画像に写った文字を読んでください
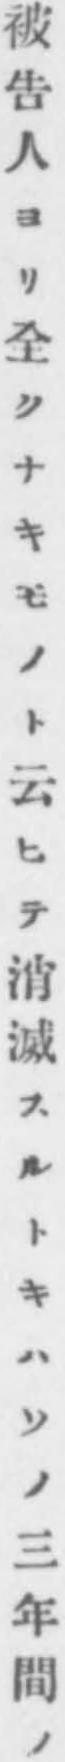
「被告人ヨリ全クナキモノト云ヒテ消滅スルトキハソノ三年間ノ」と書いてあります